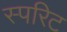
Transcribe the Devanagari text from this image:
स्परिट